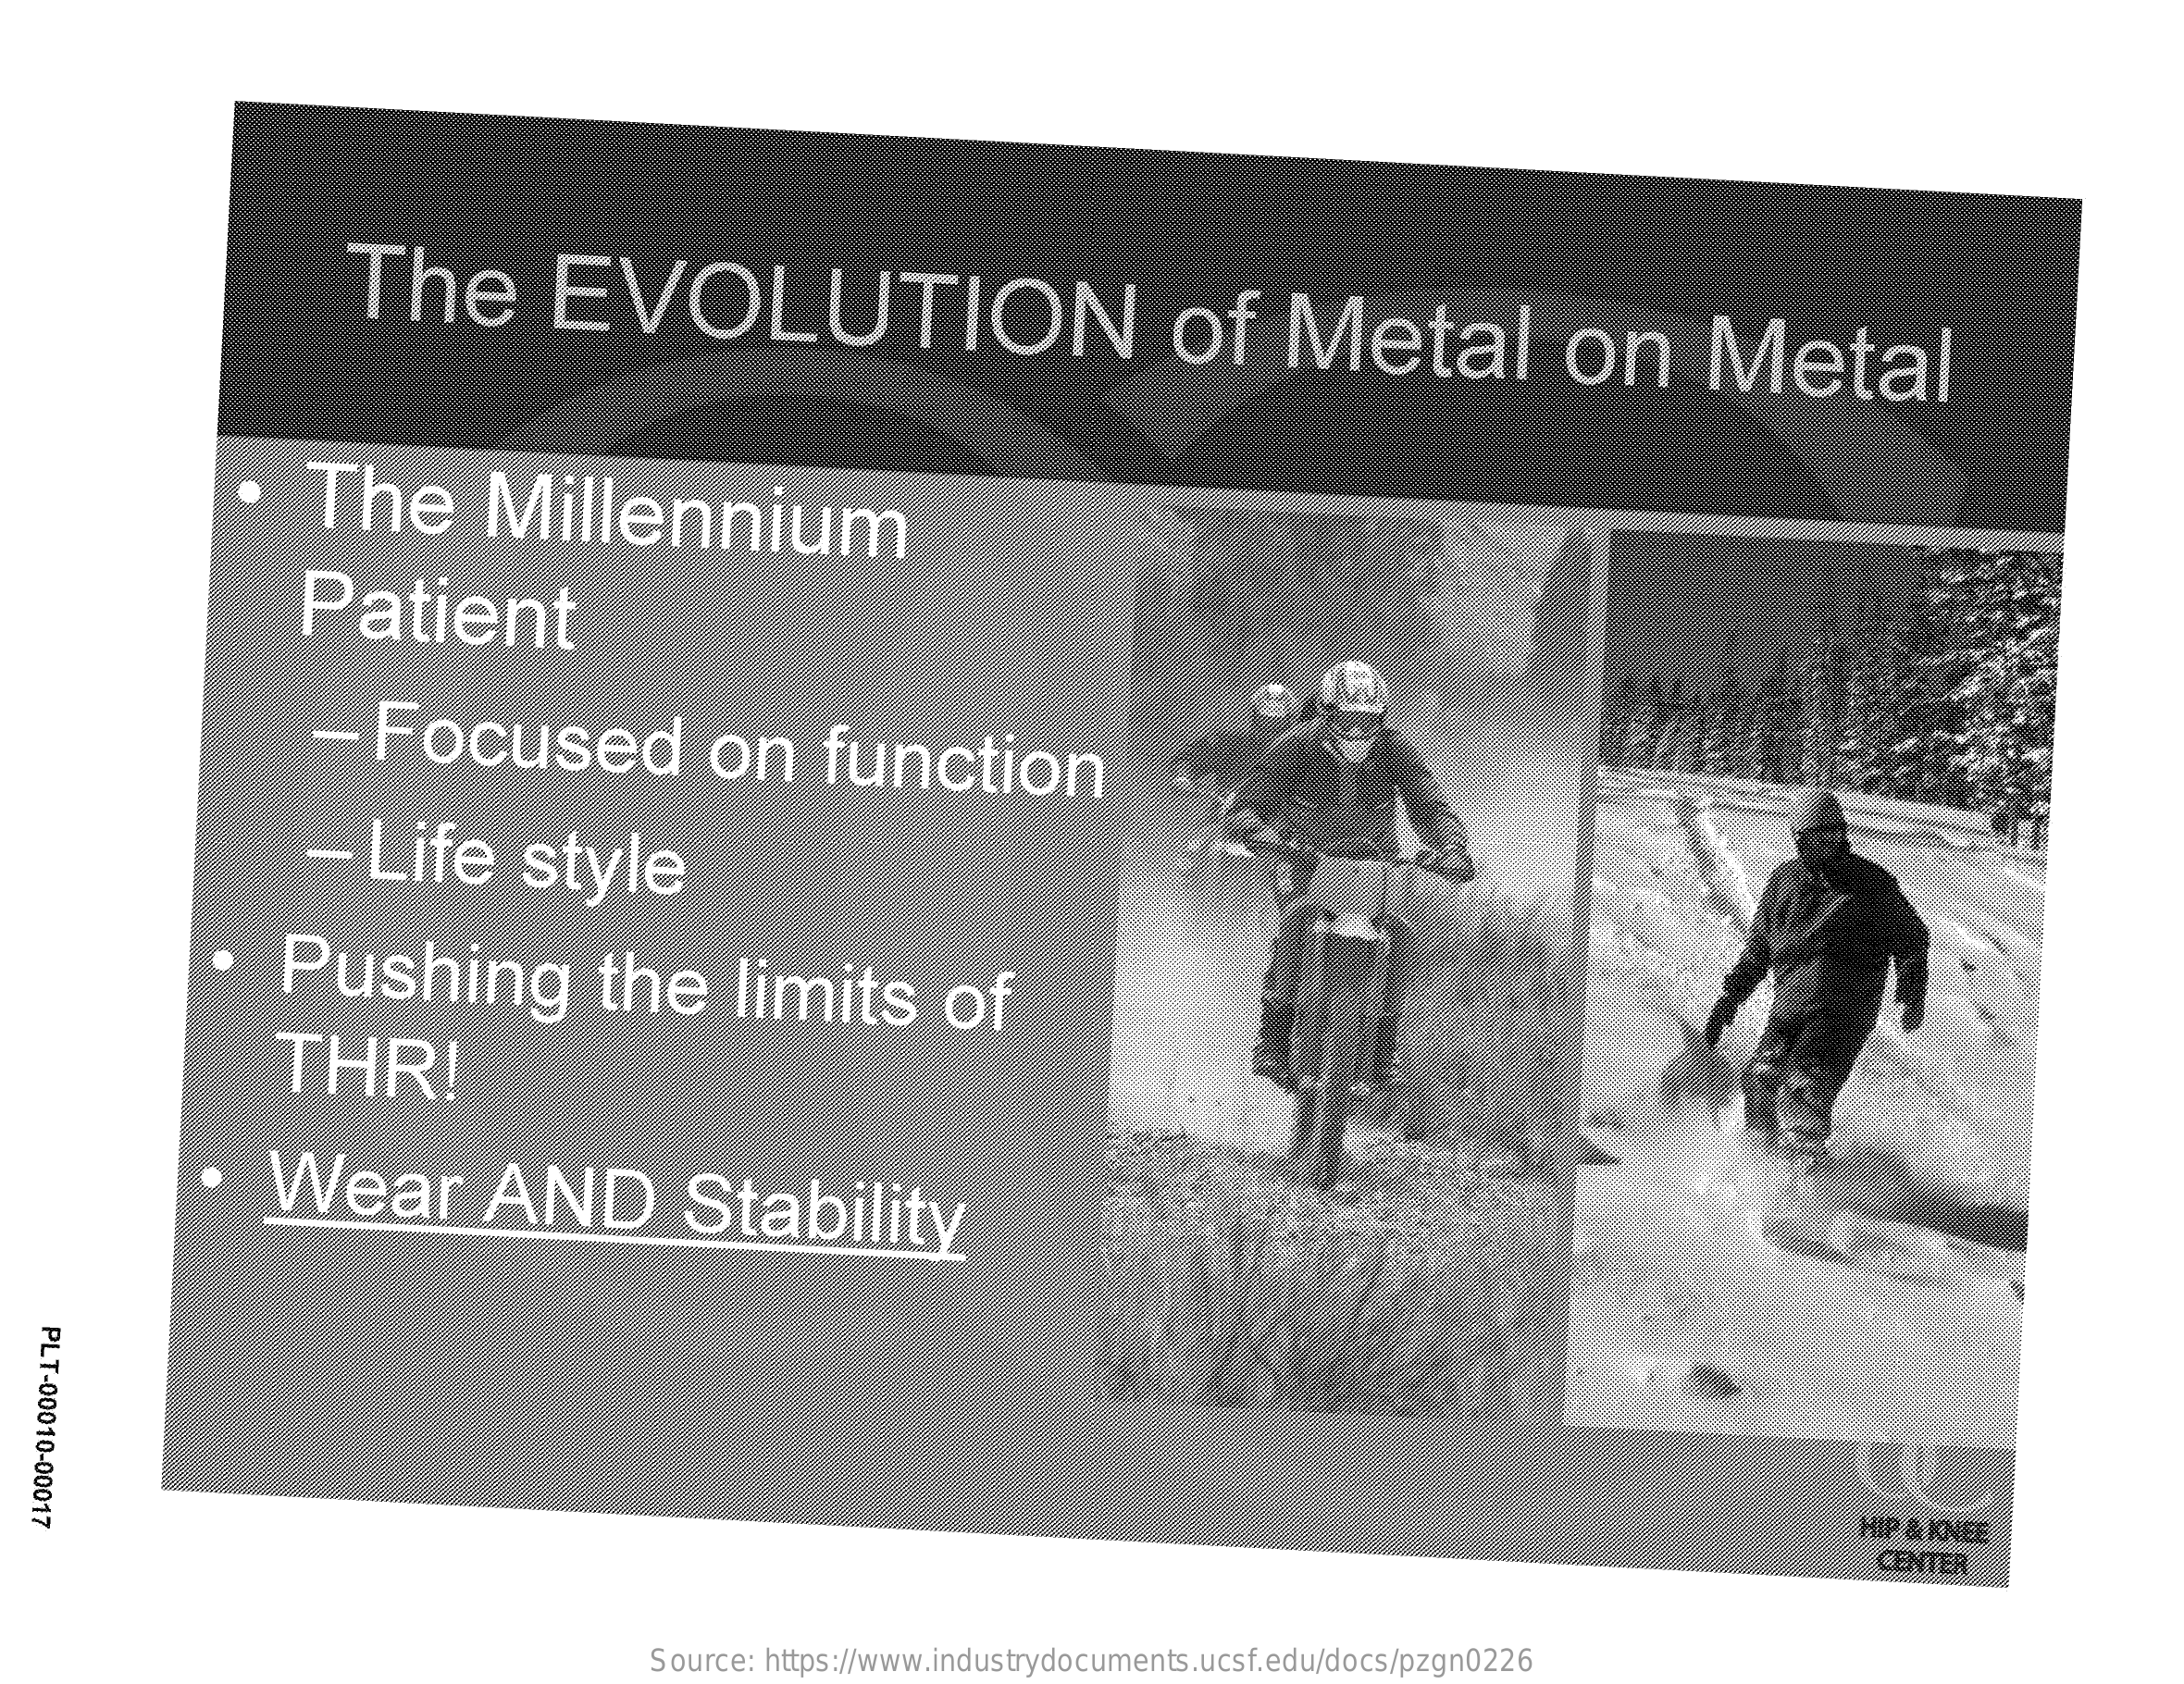
The    EVOLUTION    of    Metal    on    Metal
     ·    The    Millennium
     Patient
     -  Focused    on    function
     -  Life    style
     Pushing    the    limits    of
     THR!
     ·   Wear    AND    Stability
  PLT-00010-00017
     HIP & KNEE
     CENTER
     Source: https://www.industrydocuments.ucsf.edu/docs/pzgn0226